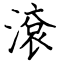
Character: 滾